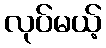
လုပ်မယ့်